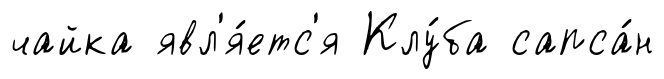
чайка явл'я́етс'я Клу́ба сапса́н